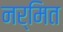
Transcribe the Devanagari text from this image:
नर्मित